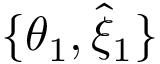
\{ \theta _ { 1 } , \hat { { \xi } } _ { 1 } \}